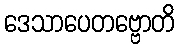
ဒေသာပေတဗ္ဗောတိ